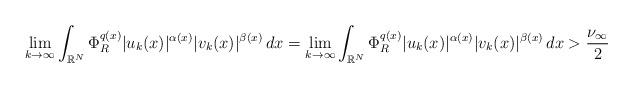
LaTeX: \begin{align*} \lim_{k\to \infty}\int_{\mathbb{R}^{N}} \Phi_{R}^{q(x)}|u_{k}(x)|^{\alpha(x)}|v_{k}(x)|^{\beta(x)}\,dx = \lim_{k\to \infty}\int_{\mathbb{R}^{N}} \Phi_{R}^{q(x)}|u_{k}(x)|^{\alpha(x)}|v_{k}(x)|^{\beta(x)}\,dx > \frac{\nu_{\infty}}{2} \\ \end{align*}